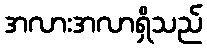
အလားအလာရှိသည်